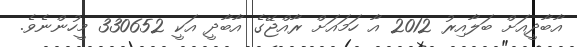
އާބާދީއަށް ބަލާއިރު 2012 އާ ހަމައަށް ރާއްޖޭގެ އާބާދީ އަކީ 330652 މީހުންނެވެ.